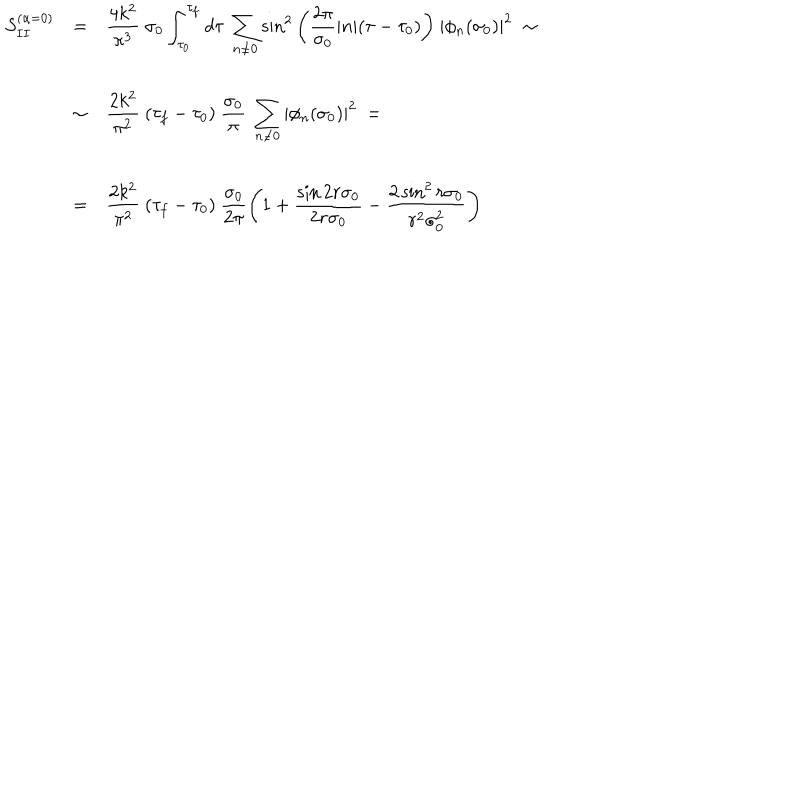
LaTeX: \begin{array} { l c l } { { S _ { I I } ^ { ( \alpha = 0 ) } } } & { { = } } & { { { \displaystyle \frac { 4 k ^ { 2 } } { \pi ^ { 3 } } ~ \sigma _ { 0 } \int _ { \tau _ { 0 } } ^ { \tau _ { f } } d \tau ~ \sum _ { n \neq 0 } ^ { } { \sin } ^ { 2 } \left( \frac { 2 \pi } { \sigma _ { 0 } } | n | ( \tau - \tau _ { 0 } ) \right) } ~ | \phi _ { n } ( \sigma _ { 0 } ) | ^ { 2 } \; \sim } } \\ { { } } & { { } } & { { } } \\ { { } } & { { \sim } } & { { { \displaystyle \frac { 2 k ^ { 2 } } { \pi ^ { 2 } } ~ ( \tau _ { f } - \tau _ { 0 } ) ~ \frac { \sigma _ { 0 } } { \pi } ~ \sum _ { n \neq 0 } ^ { } | \phi _ { n } ( \sigma _ { 0 } ) | ^ { 2 } } ~ = } } \\ { { } } & { { } } & { { } } \\ { { } } & { { = } } & { { { \displaystyle \frac { 2 k ^ { 2 } } { \pi ^ { 2 } } ~ ( \tau _ { f } - \tau _ { 0 } ) ~ \frac { \sigma _ { 0 } } { 2 \pi } \left( 1 + \frac { \sin 2 r \sigma _ { 0 } } { 2 r \sigma _ { 0 } } - \frac { 2 \, { \sin } ^ { 2 } \, r \sigma _ { 0 } } { r ^ { 2 } \sigma _ { 0 } ^ { 2 } } \right) } } } \\ \end{array}